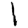
Digit: 1